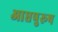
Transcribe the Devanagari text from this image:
आप्तपुरूष